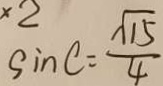
\sin C = \frac { \sqrt { 1 5 } } { 4 }